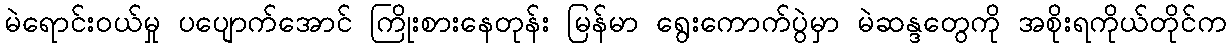
မဲရောင်းဝယ်မှု ပပျောက်အောင် ကြိုးစားနေတုန်း မြန်မာ ရွေးကောက်ပွဲမှာ မဲဆန္ဒတွေကို အစိုးရကိုယ်တိုင်က